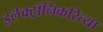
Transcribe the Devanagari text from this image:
इलेक्ट्रॉनिकरित्या